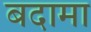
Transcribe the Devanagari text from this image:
बदामा